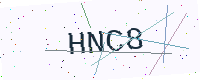
Text: HNC8